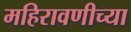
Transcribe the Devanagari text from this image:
महिरावणीच्या